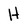
Character: H